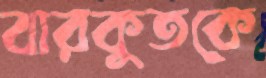
বারকুতকে